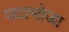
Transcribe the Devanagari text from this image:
पदाभोजा